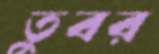
তুবর